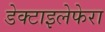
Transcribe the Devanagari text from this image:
डेक्टाइलेफेरा